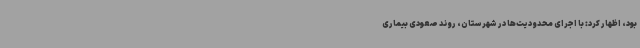
بود، اظهار کرد: با اجرای محدودیت‌ها در شهرستان، روند صعودی بیماری